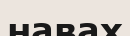
навах